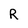
Character: R